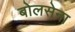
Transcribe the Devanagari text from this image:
बोलसेना